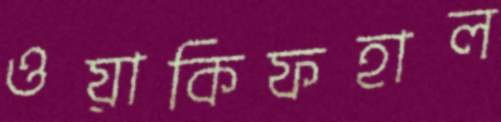
ওয়াকিফহাল